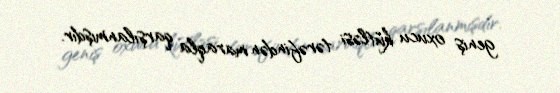
geniş oxucu kütləsi tərəfindən maraqla qarşılanmışdır.